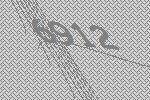
6912